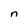
Character: n